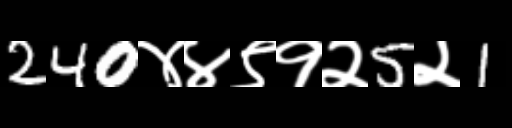
Text: 240४४९१२5२1